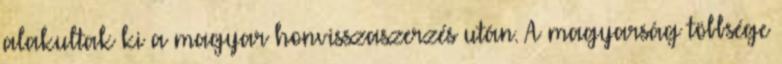
alakultak ki a magyar honvisszaszerzés után. A magyarság többsége